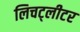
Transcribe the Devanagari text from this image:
लिचट्लीटर